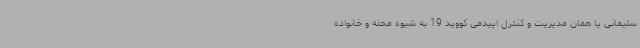
سلیمانی یا همان مدیریت و کنترل اپیدمی کووید 19 به شیوه محله و خانواده